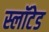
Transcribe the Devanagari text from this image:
स्लॉटेड